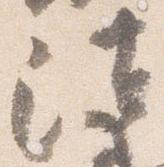
法